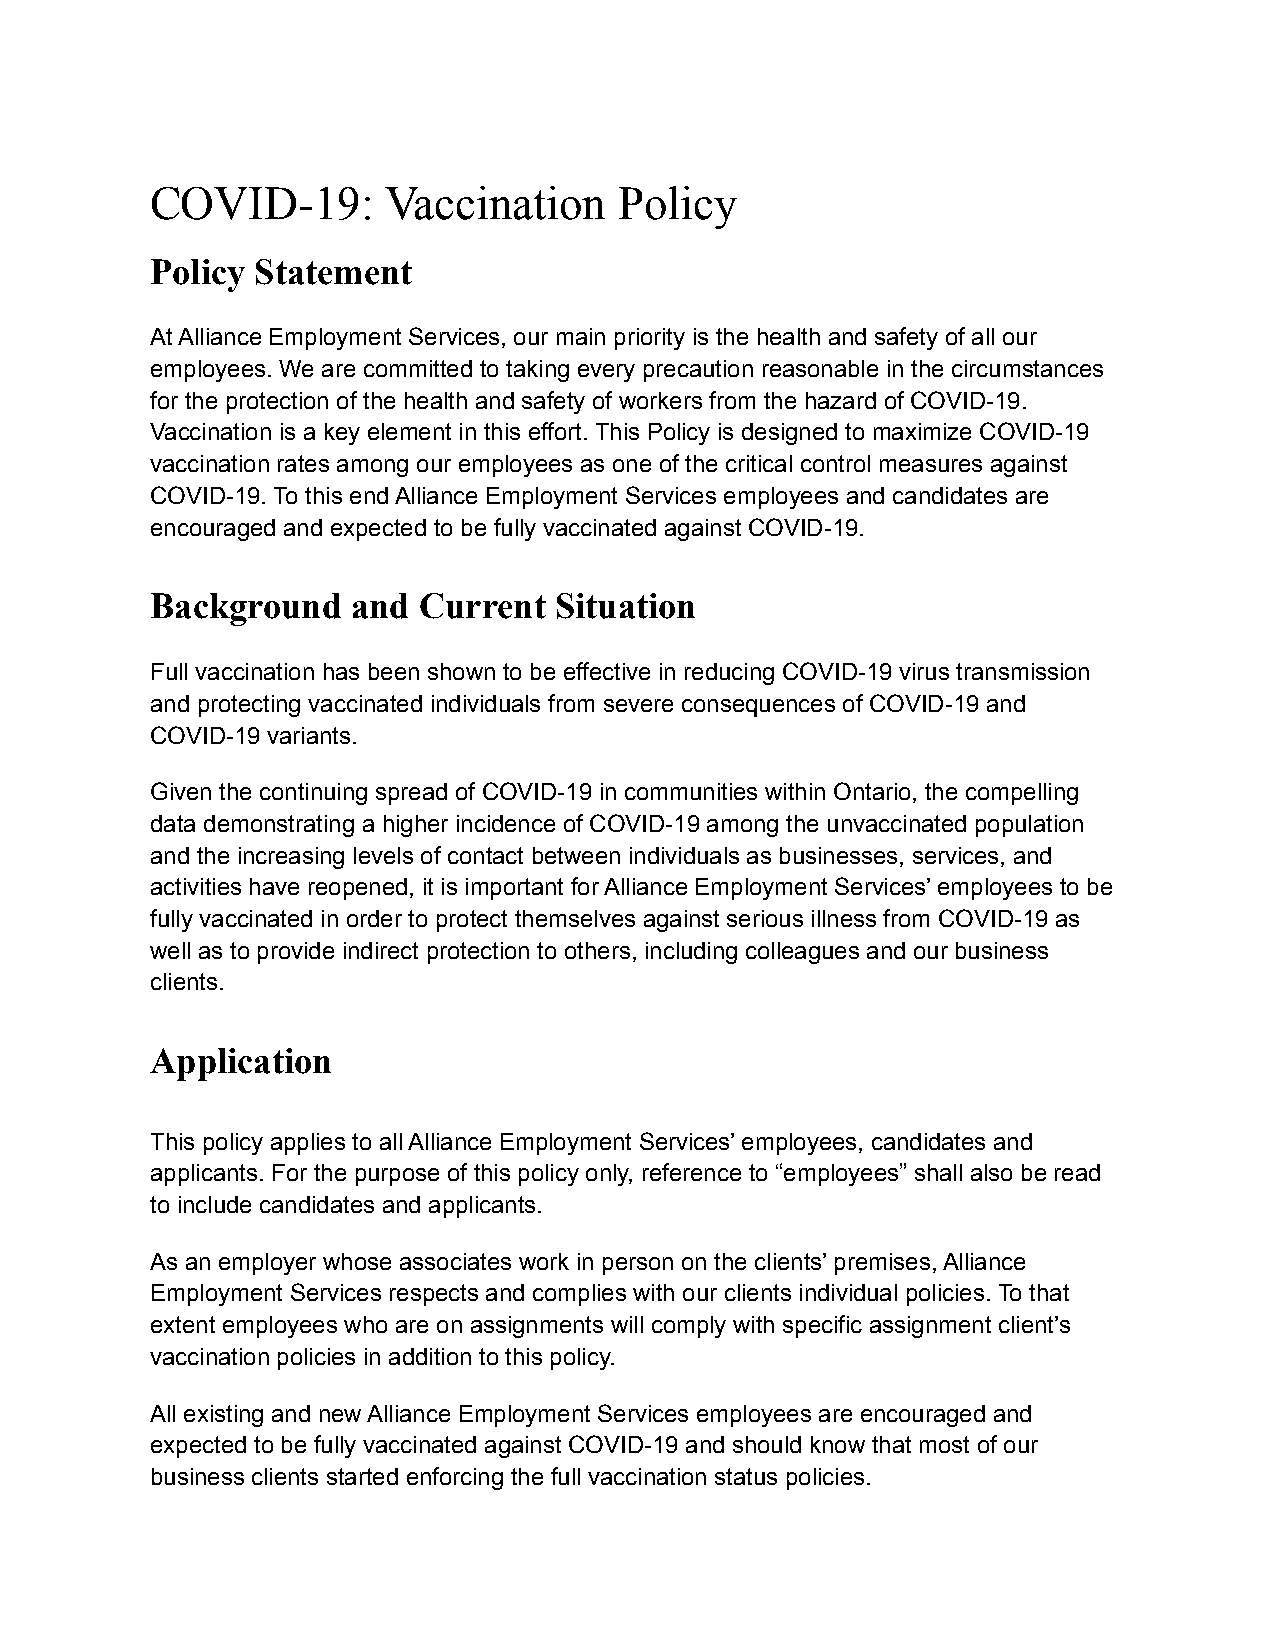
COVID-19:      Vaccination     Policy
 Policy Statement
 At Alliance Employment Services, our main priority is the health and safety of all our
 employees. We are committed to taking every precaution reasonable in the circumstances
 for the protection of the health and safety of workers from the hazard of COVID-19.
 Vaccination is a key element in this effort. This Policy is designed to maximize COVID-19
 vaccination rates among our employees as one of the critical control measures against
 COVID-19. To this end Alliance Employment Services employees and candidates are
 encouraged and expected to be fully vaccinated against COVID-19.
 Background   and  Current  Situation
 Full vaccination has been shown to be effective in reducing COVID-19 virus transmission
 and protecting vaccinated individuals from severe consequences of COVID-19 and
 COVID-19 variants.
 Given the continuing spread of COVID-19 in communities within Ontario, the compelling
 data demonstrating a higher incidence of COVID-19 among the unvaccinated population
 and the increasing levels of contact between individuals as businesses, services, and
 activities have reopened, it is important for Alliance Employment Services’ employees to be
 fully vaccinated in order to protect themselves against serious illness from COVID-19 as
 well as to provide indirect protection to others, including colleagues and our business
 clients.
 Application
 This policy applies to all Alliance Employment Services’ employees, candidates and
 applicants. For the purpose of this policy only, reference to “employees” shall also be read
 to include candidates and applicants.
 As an employer whose associates work in person on the clients’ premises, Alliance
 Employment Services respects and complies with our clients individual policies. To that
 extent employees who are on assignments will comply with specific assignment client’s
 vaccination policies in addition to this policy.
 All existing and new Alliance Employment Services employees are encouraged and
 expected to be fully vaccinated against COVID-19 and should know that most of our
 business clients started enforcing the full vaccination status policies.